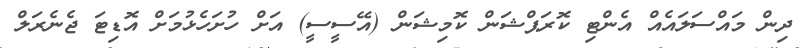
ދިން މައްސަލައެއް އެންޓި ކޮރަޕްޝަން ކޮމިޝަން (އޭސީސީ) އަށް ހުށަހެޅުމަށް އޮޑިޓަ ޖެނެރަލް